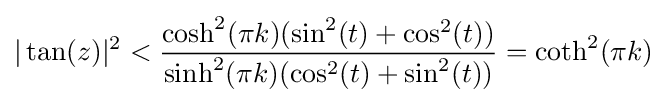
|\tan(z)|^{2}<{\frac {\cosh ^{2}(\pi k)(\sin ^{2}(t)+\cos ^{2}(t))}{\sinh ^{2}(\pi k)(\cos ^{2}(t)+\sin ^{2}(t))}}=\coth ^{2}(\pi k)